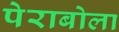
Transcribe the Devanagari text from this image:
पेराबोला